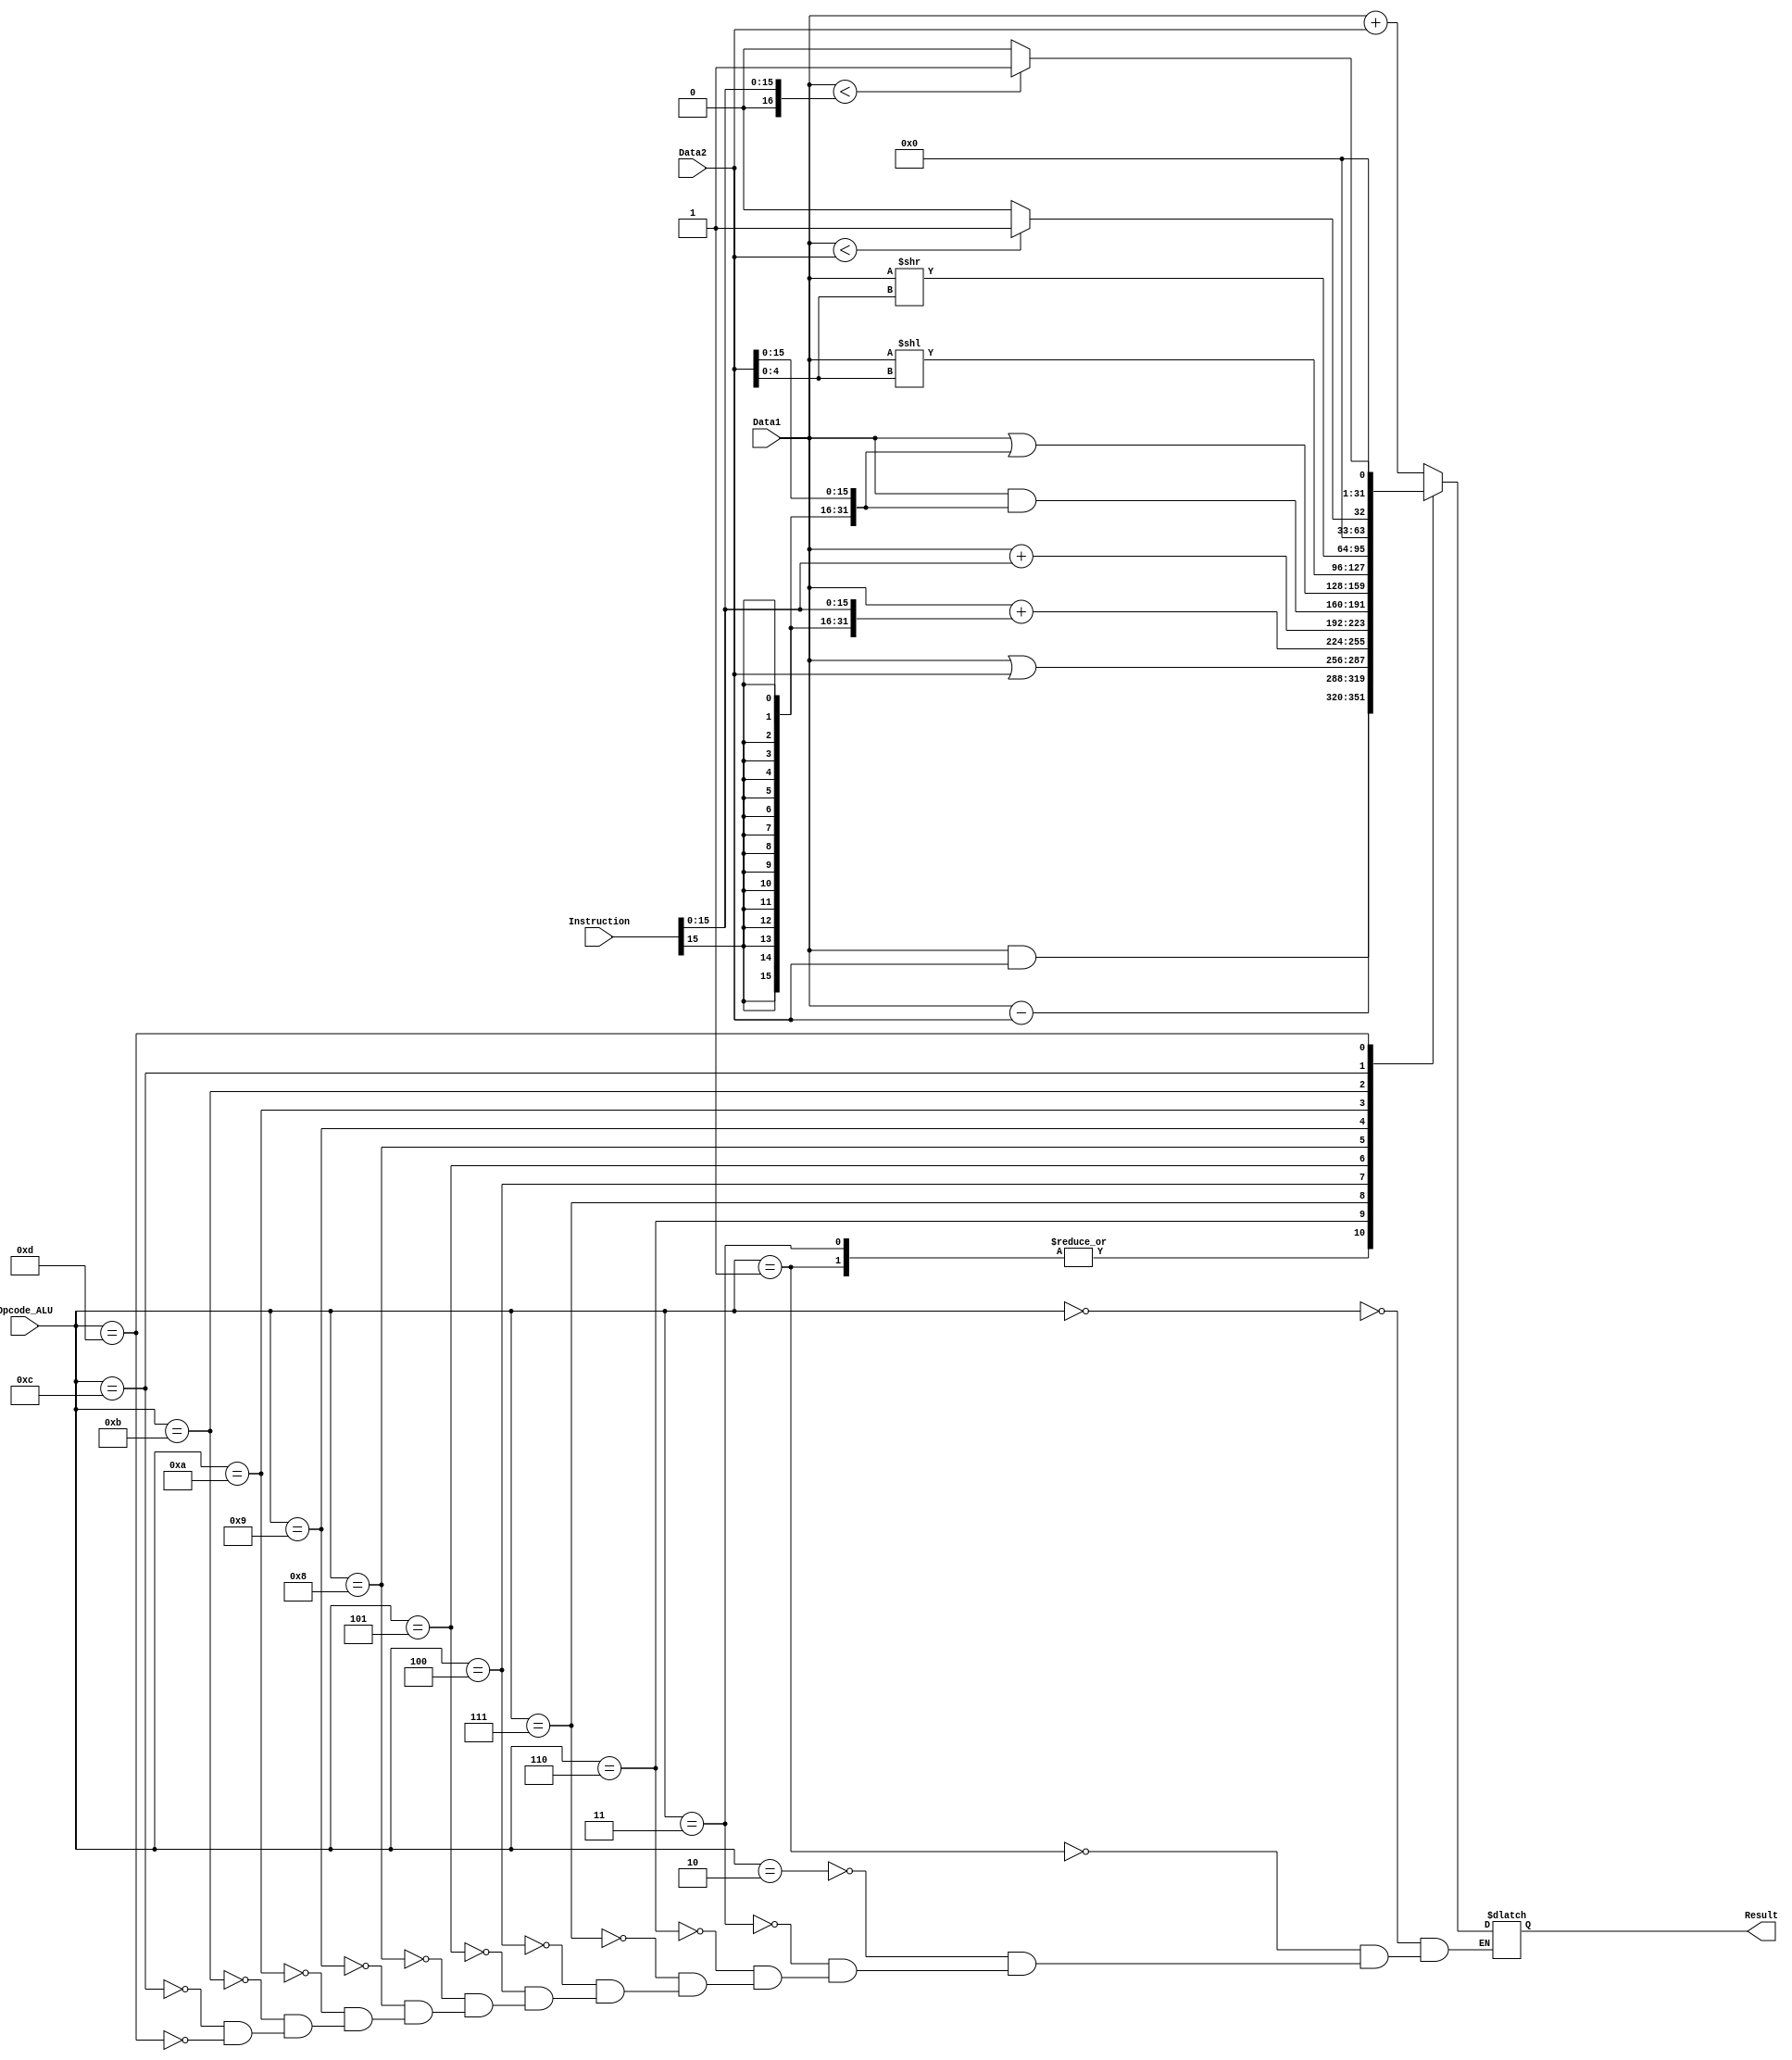
// Amrit kumar --190122
// Yash Gupta ---190997



module ALU(
  input [31:0] Data1,
  input [31:0] Data2,
  input [31:0] Instruction,
  input [3:0] Opcode_ALU,
  output reg [31:0] Result
);
  wire [15:0] Immediate_Branch;            // We will need this in case of I-type operations
  assign Immediate_Branch= Instruction[15:0];


  always @(*) begin
    case (Opcode_ALU)

    // for alu R-type(add, sub, addu, subu, and, or)
      4'b0000: Result = Data1 + Data2; //add
      4'b0001: Result = Data1 - Data2; //sub
      4'b0010: Result = Data1 + Data2; //addu d
      4'b0011: Result = Data1 - Data2; //subu d
    
      4'b0110: Result = Data1 & Data2; //and
      4'b0111: Result = Data1 | Data2; //or
      //4'b0100: result = operand1 + {{16{operand1[15]}}, operand2[15:0]}; //addi d
      4'b0100: Result = Data1 + {{16{Immediate_Branch[15]}}, Immediate_Branch[15:0]}; //addi d
      4'b0101: Result = Data1 + {{16{1'b0}}, Immediate_Branch[15:0]}; //addiu  d

      
      4'b1000: Result = Data1 & {{16{Immediate_Branch[15]}}, Data2[15:0]}; //andi  d
      4'b1001: Result = Data1 | {{16{Immediate_Branch[15]}}, Data2[15:0]}; //ori  d

      // for comparision 
      4'b1010: Result = Data1 << Data2[4:0]; //sll
      4'b1011: Result = Data1 >> Data2[4:0]; //srl

      // 4'b1100: Result = Data1 << Data2[4:0]; //slt
      // 4'b1101: Result = Data1 >> Data2[4:0]; //srl
      4'b1100: Result = ($signed(Data1) < $signed(Data2)) ? 1:0; //slt
      4'b1101:  Result = ($signed(Data1) < $signed({{16{1'b0}}, Immediate_Branch[15:0]}))?1:0 ; //slti

    endcase
  end

endmodule